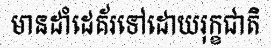
មានដាំដេគ័រទៅដោយរុក្ខជាតិ